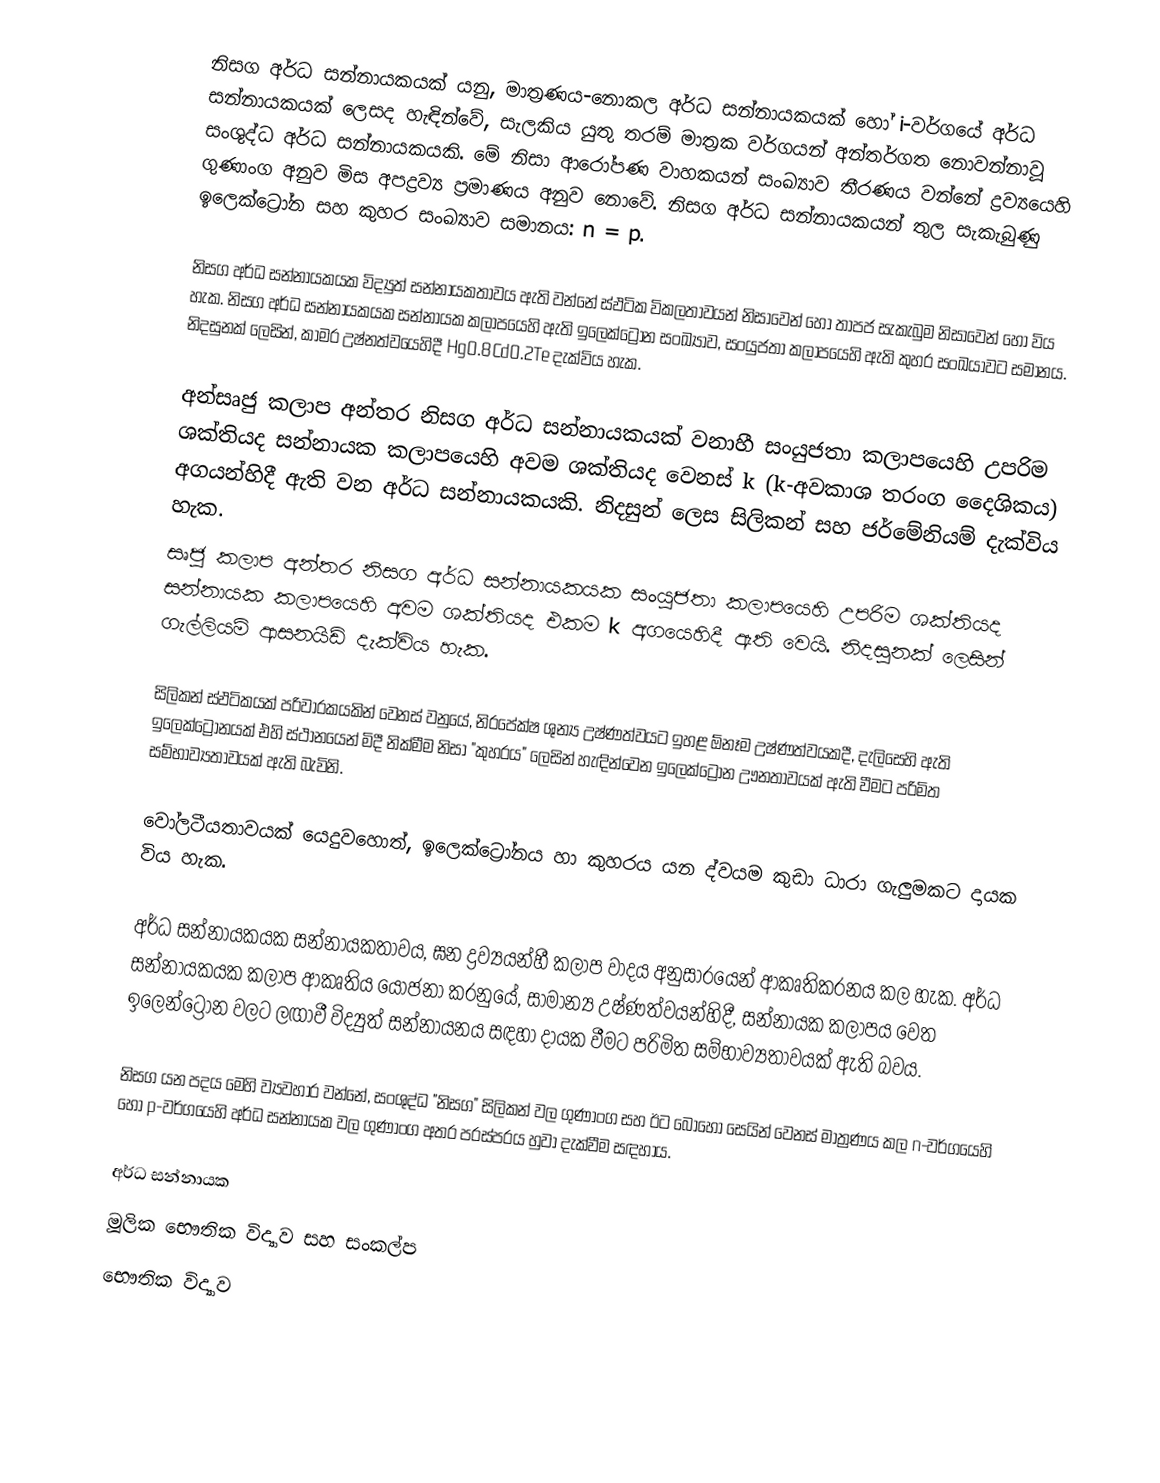
නිසග අර්ධ සන්නායකයක් යනු, මාත්‍රණය-නොකල අර්ධ සන්නායකයක් හෝ i-වර්ගයේ අර්ධ සන්නායකයක් ලෙසද හැඳින්වේ,  සැලකිය යුතු තරම්  මාත්‍රක වර්ගයන් අන්තර්ගත නොවන්නාවූ සංශුද්ධ අර්ධ සන්නායකයකි. මේ නිසා ආරෝපණ වාහකයන් සංඛ්‍යාව තීරණය වන්නේ ද්‍රව්‍යයෙහි ගුණාංග අනුව මිස අපද්‍රව්‍ය ප්‍රමාණය අනුව නොවේ. නිසග අර්ධ සන්නායකයන් තුල සැකැබුණු ඉලෙක්ට්‍රෝන සහ කුහර සංඛ්‍යාව සමානය: n = p.

නිසග අර්ධ සන්නායකයක විද්‍යුත් සන්නායකතාවය ඇති වන්නේ ස්ඵටික විකලතාවයන් නිසාවෙන් හෝ  තාපජ  සැකැබුම නිසාවෙන් හෝ විය හැක. නිසග අර්ධ සන්නායකයක   සන්නායක කලාපයෙහි ඇති  ඉලෙක්ට්‍රෝන  සංඛ්‍යාව, සංයුජතා කලාපයෙහි ඇති කුහර සංඛ‍්‍යාවට සමානය. නිදසුනක් ලෙසින්, කාමර උෂ්නත්වයෙහිදී  Hg0.8Cd0.2Te දැක්විය හැක.

අන්සෘජු කලාප අන්තර නිසග අර්ධ සන්නායකයක් වනාහී සංයුජතා කලාපයෙහි උපරිම ශක්තියද සන්නායක කලාපයෙහි අවම ශක්තියද වෙනස්  k (k-අවකාශ  තරංග දෛශිකය) අගයන්හිදී ඇති වන අර්ධ සන්නායකයකි. නිදසුන් ලෙස සිලිකන් සහ  ජර්මේනියම් දැක්විය හැක.
සෘජු කලාප අන්තර නිසග අර්ධ සන්නායකයක සංයුජතා කලාපයෙහි උපරිම ශක්තියද සන්නායක කලාපයෙහි අවම ශක්තියද එකම  k අගයෙහිදී ඇති වෙයි. නිදසුනක් ලෙසින් ගැල්ලියම් ආසනයිඩ් දැක්විය හැක.

සිලිකන් ස්ඵටිකයක් පරිවාරකයකින් වෙනස් වනුයේ, නිරපේක්ෂ ශුන්‍ය උෂ්ණත්වයට ඉහළ ඕනෑම උෂ්ණත්වයකදී, දැලිසෙහි ඇති ඉලෙක්ට්‍රෝනයක් එහි ස්ථානයෙන් මිදී නික්මීම නිසා "කුහරය" ලෙසින් හැඳින්වෙන ඉලෙක්ට්‍රෝන ඌනතාවයක් ඇති වීමට පරිමිත සම්භාව්‍යතාවයක් ඇති බැවිනි.

වෝලටීයතාවයක්  යෙදුවහොත්, ඉලෙක්ට්‍රෝනය හා කුහරය යන ද්වයම කුඩා ධාරා ගැලුමකට දායක විය හැක.

අර්ධ සන්නායකයක සන්නායකතාවය, ඝන ද්‍රව්‍යයන්හී කලාප වාදය අනුසාරයෙන් ආකෘතිකරනය කල හැක. අර්ධ සන්නායකයක කලාප ආකෘතිය යෝජනා කරනුයේ, සාමාන්‍ය උෂ්ණත්වයන්හිදී, සන්නායක කලාපය වෙත ඉලෙන්ට්‍රෝන වලට ලඟාවී විද්‍යුත් සන්නායනය සඳහා දායක වීමට පරිමිත සම්භාව්‍යතාවයක් ඇති බවය.

නිසග යන පදය මෙහි ව්‍යවහාර වන්නේ, සංශුද්ධ "නිසග" සිලිකන් වල ගුණාංග සහ ඊට බොහෝ සෙයින් වෙනස්  මාත්‍රණය කල  n-වර්ගයෙහි හෝ  p-වර්ගයෙහි අර්ධ සන්නායක වල ගුණාංග අතර පරස්පරය හුවා දැක්වීම සඳහාය.

අර්ධ සන්නායක
මූලික භෞතික විද්‍යාව සහ සංකල්ප
භෞතික විද්‍යාව